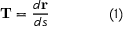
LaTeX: \mathbf { T } = { \frac { d \mathbf { r } } { d s } } \qquad \qquad ( 1 )